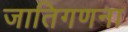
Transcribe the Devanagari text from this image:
जातिगणना